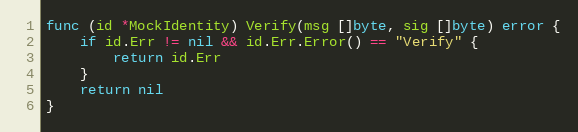
Language: Go
func (id *MockIdentity) Verify(msg []byte, sig []byte) error {
	if id.Err != nil && id.Err.Error() == "Verify" {
		return id.Err
	}
	return nil
}